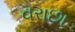
વરાછા